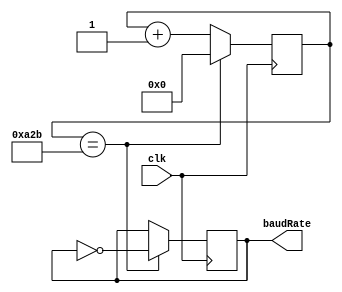
module baudRateGenerator(clk, baudRate);

input clk; // 50 mhz
output baudRate; // 9600 hz

reg baud;
reg [12:0] baudReg = 0;


buf(baudRate, baud);

always @(posedge clk)
begin
	baudReg <= baudReg + 1;
	
	// o valor da contagem deve ser igual  (metade do baud rate desejado) - 1
	// para um clock de 50mhz numa baudrate de 9600, o valor  (5208/2) - 1 = 2603
	if (baudReg == 2603)
		begin
			baud <= !baud;
			baudReg <= 0;
		end
	

end

endmodule